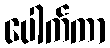
ပေါက်ကာ